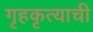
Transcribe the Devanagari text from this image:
गृहकृत्याची